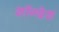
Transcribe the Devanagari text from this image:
शॉन्देश